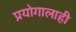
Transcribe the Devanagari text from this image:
प्रयोगालाही